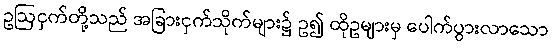
ဥဩငှက်တို့သည် အခြားငှက်သိုက်များ၌ ဥ၍ ထိုဥများမှ ပေါက်ပွားလာသော